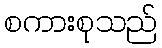
စကားစုသည်